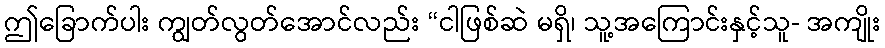
ဤခြောက်ပါး ကျွတ်လွတ်အောင်လည်း “ငါဖြစ်ဆဲ မရှိ၊ သူ့အကြောင်းနှင့်သူ- အကျိုး